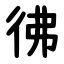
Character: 彿